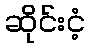
ဆိုင်းငံ့